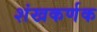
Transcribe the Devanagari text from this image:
शंखकर्णक